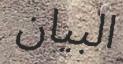
البيان